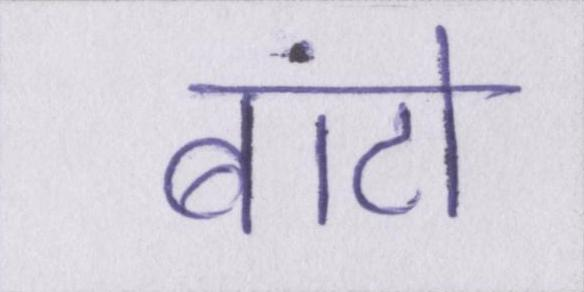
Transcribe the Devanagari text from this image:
बांटो